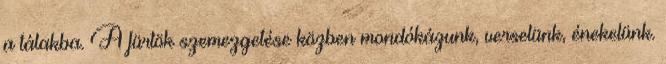
a tálakba. A fürtök szemezgetése közben mondókázunk, verselünk, énekelünk.